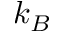
k _ { B }